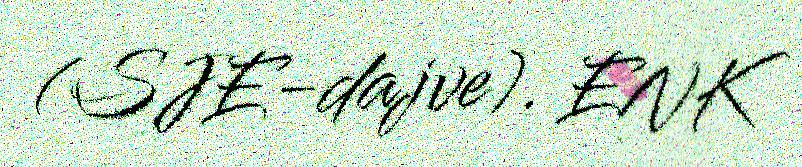
(SJE-dajve). ENK